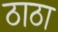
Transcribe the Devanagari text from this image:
ठाठा